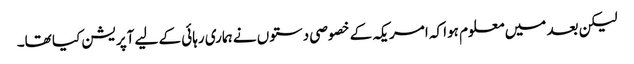
لیکن بعد میں معلوم ہوا کہ امریکہ کے خصوصی دستوں نے ہماری رہائی کے لیے آپریشن کیا تھا۔